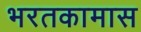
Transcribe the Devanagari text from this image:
भरतकामास